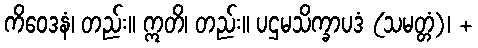
ကိဝေဒနံ၊ တည်း။ ဣတိ၊ တည်း။ ပဌမသိက္ခာပဒံ (သမတ္တံ)၊ +